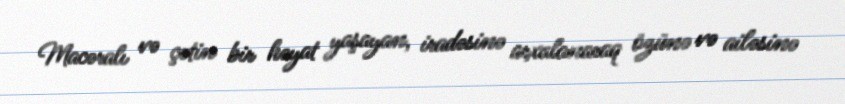
Macəralı və çətin bir həyat yaşayan, iradəsinə arxalanaraq özünə və ailəsinə